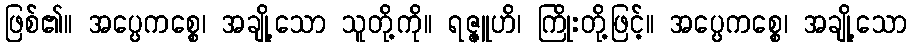
ဖြစ်၏။ အပ္ပေကစ္စေ၊ အချို့သော သူတို့ကို။ ရဇ္ဇူဟိ၊ ကြိုးတို့ဖြင့်။ အပ္ပေကစ္စေ၊ အချို့သော